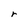
Character: r